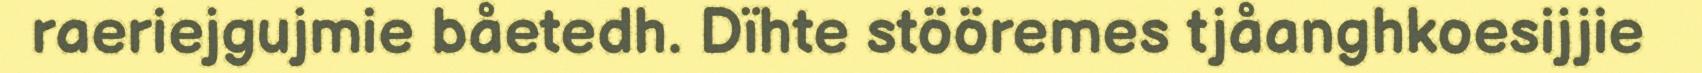
raeriejgujmie båetedh. Dïhte stööremes tjåanghkoesijjie